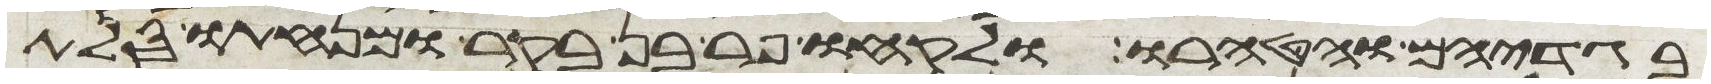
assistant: בגדיהם והטהרו ולקחו פר בן בקר ומנחתו סלת